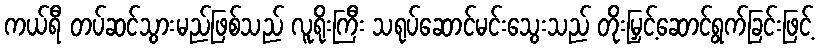
ကယ်ရီ တပ်ဆင်သွားမည်ဖြစ်သည် လူရိုးကြီး သရုပ်ဆောင်မင်းသွေးသည် တိုးမြှင့်ဆောင်ရွက်ခြင်းဖြင့်